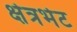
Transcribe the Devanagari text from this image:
क्षेत्रभेट